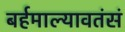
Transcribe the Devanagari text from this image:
बर्हमाल्यावतंसं